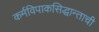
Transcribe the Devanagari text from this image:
कर्मविपाकसिद्धान्ताची